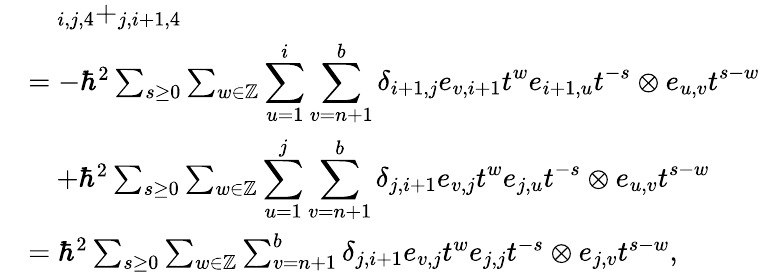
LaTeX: \begin{array}{rl}&{\quad_{i,j,4}+_{j,i+1,4}}\\ &{=-\hbar^{2}\sum_{s\geq 0}\sum_{w\in\mathbb{Z}}\displaystyle\sum_{u=1}^{i}\sum_{v=n+1}^{b}\delta_{i+1,j}e_{v,i+1}t^{w}e_{i+1,u}t^{-s}\otimes e_{u,v}t^{s-w}}\\ &{\quad+\hbar^{2}\sum_{s\geq 0}\sum_{w\in\mathbb{Z}}\displaystyle\sum_{u=1}^{j}\sum_{v=n+1}^{b}\delta_{j,i+1}e_{v,j}t^{w}e_{j,u}t^{-s}\otimes e_{u,v}t^{s-w}}\\ &{=\hbar^{2}\sum_{s\geq 0}\sum_{w\in\mathbb{Z}}\sum_{v=n+1}^{b}\delta_{j,i+1}e_{v,j}t^{w}e_{j,j}t^{-s}\otimes e_{j,v}t^{s-w},}\end{array}